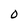
Character: 0